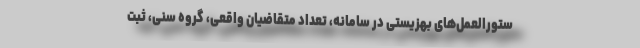
ستورالعمل‌های بهزیستی در سامانه، تعداد متقاضیان واقعی، گروه سنی، ثبت